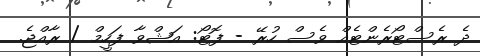
ދެ ރެސްޓޯރެންޓެއް ވެސް ހުރޭ - ފޮޓޯ: އަޝްވާ ފަހީމް / ރާއްޖެ.